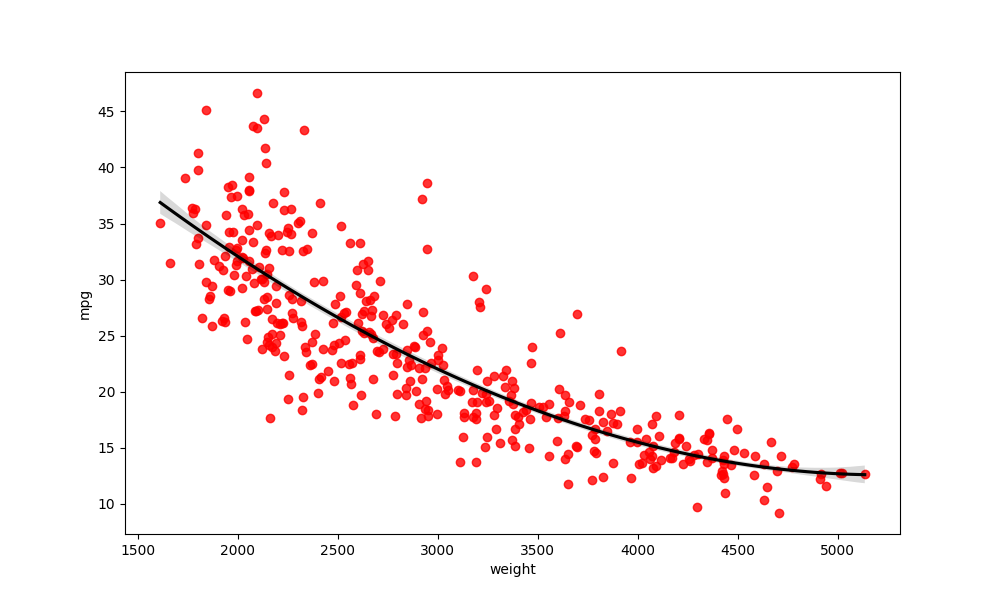
python, seaborn, regplot, order=3, ci=68, scatter_color=red, line_color=black